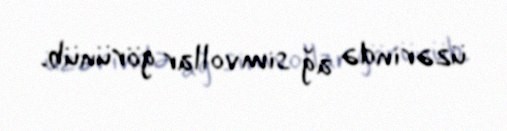
üzərində ağ simvollar görünüb.